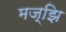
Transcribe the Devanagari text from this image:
मज्झि